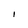
Character: I